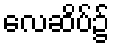
လေဆိပ်၌